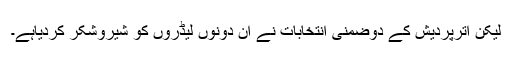
لیکن اترپردیش کے دوضمنی انتخابات نے ان دونوں لیڈروں کو شیروشکر کردیاہے۔